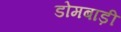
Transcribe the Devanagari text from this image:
डोमबाड़ी